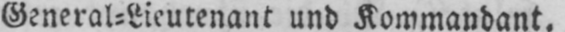
General⸗Lieutenant und Kommandant.